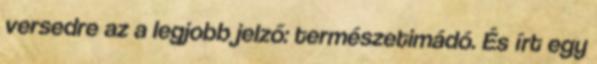
versedre az a legjobb jelző: természetimádó. És írt egy